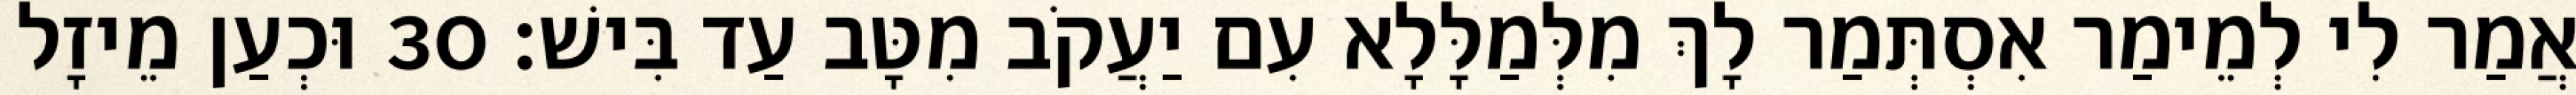
אֲמַר לִי לְמֵימַר אִסְתְּמַר לָךְ מִלְּמַלָּלָא עִם יַעֲקֹב מִטָּב עַד בִּישׁ׃ 30 וּכְעַן מֵיזָל